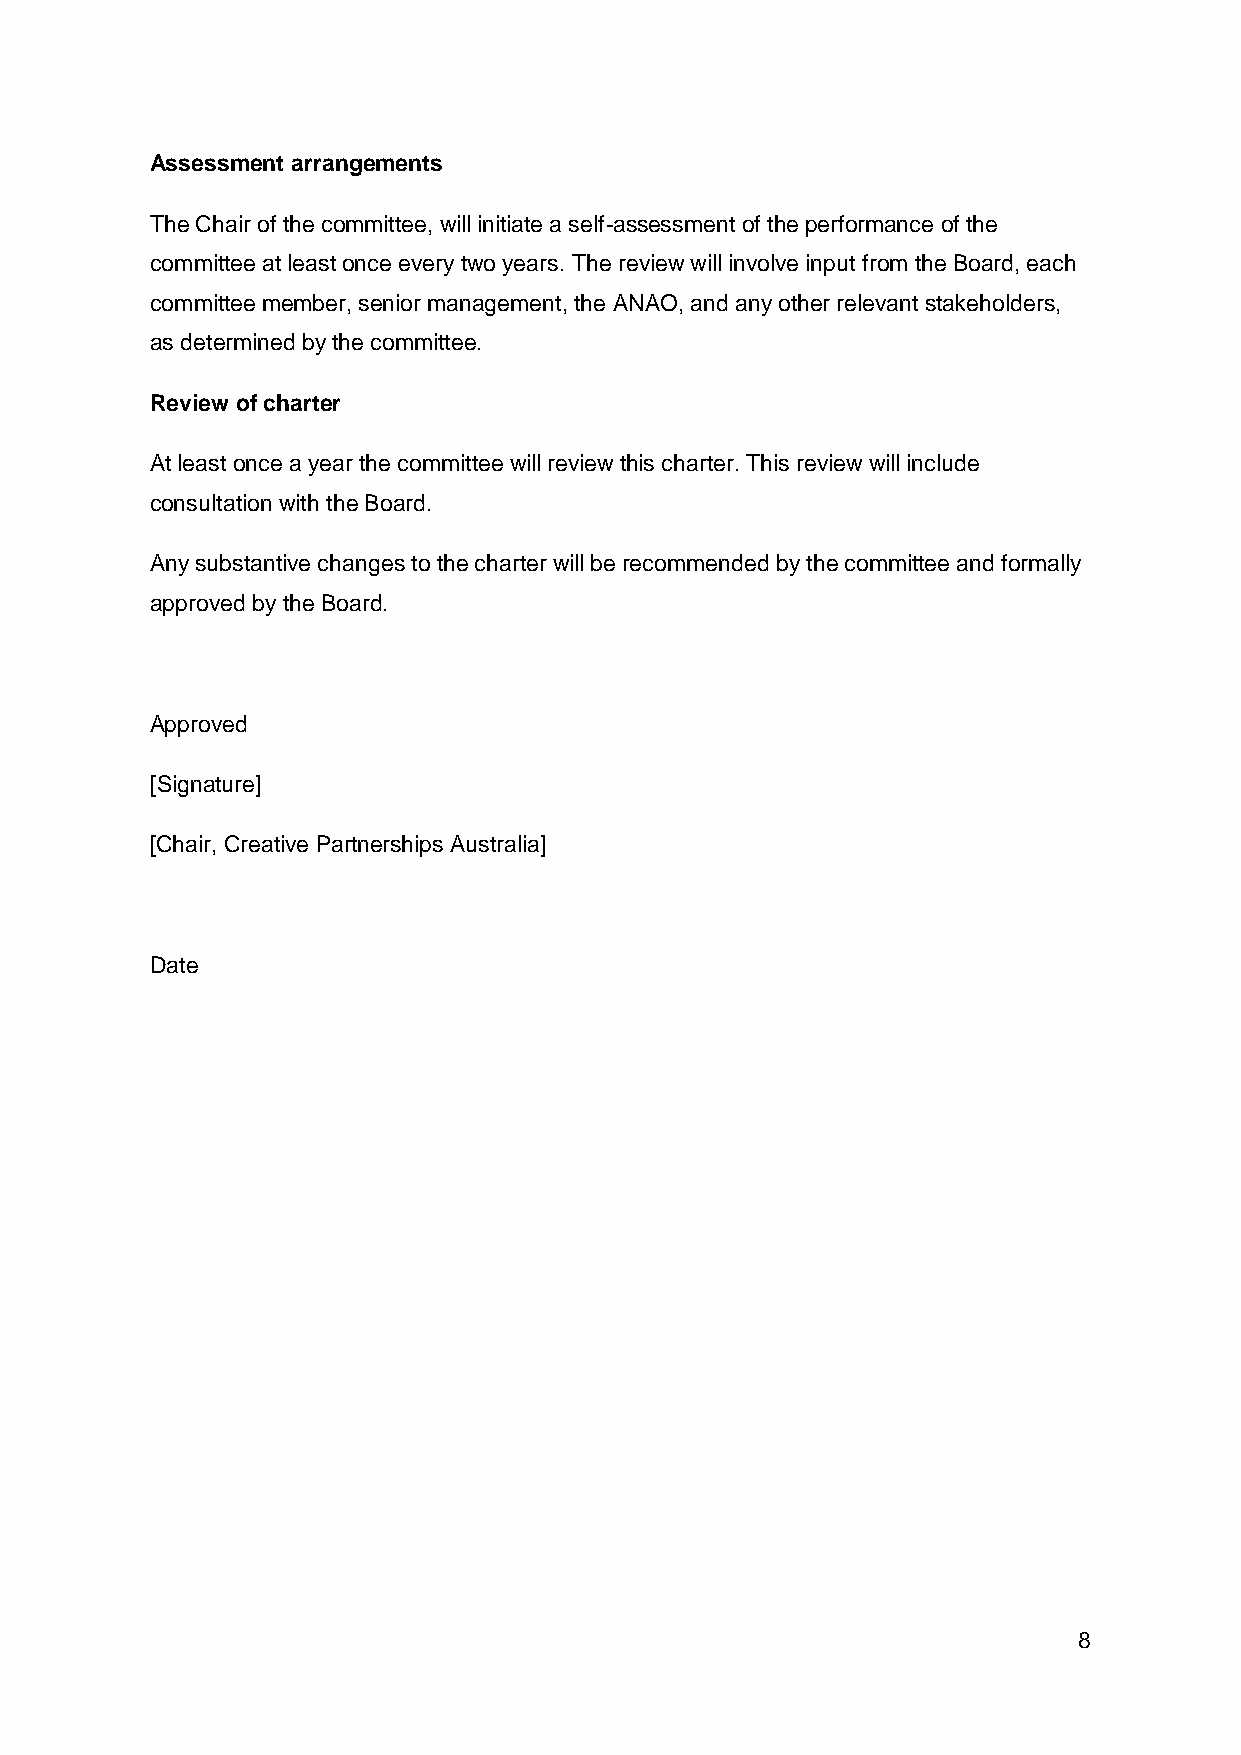
Assessment arrangements
 The Chair of the committee, will initiate a self-assessment of the performance of the
 committee at least once every two years. The review will involve input from the Board, each
 committee member, senior management, the ANAO, and any other relevant stakeholders,
 as determined by the committee.
 Review of charter
 At least once a year the committee will review this charter. This review will include
 consultation with the Board.
 Any substantive changes to the charter will be recommended by the committee and formally
 approved by the Board.
 Approved
 [Signature]
 [Chair, Creative Partnerships Australia]
 Date
 8